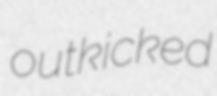
outkicked